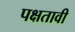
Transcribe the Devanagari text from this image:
पक्षतावी